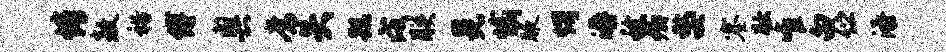
情敖裕缚奥常矢跣戌朕晃愉腋愕溽稔卿嫠塞妆唯白伫添